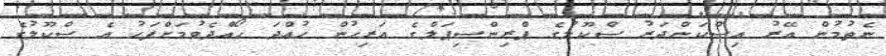
ނެތުމުން އޭރު އިސްކަންދަރު ސްކޫލުގެ ޕްރިންސިޕަލްގެ އަރިހުން ހުއްދަ ހޯއްދެވުމަށްފަހު އެ ސްކޫލުގެ